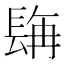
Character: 𮣿